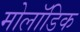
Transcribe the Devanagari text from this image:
मोलॉडिक